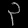
Digit: ၃